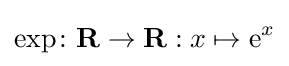
\exp \colon \mathbf {R} \to \mathbf {R} :x\mapsto \mathrm {e} ^{x}